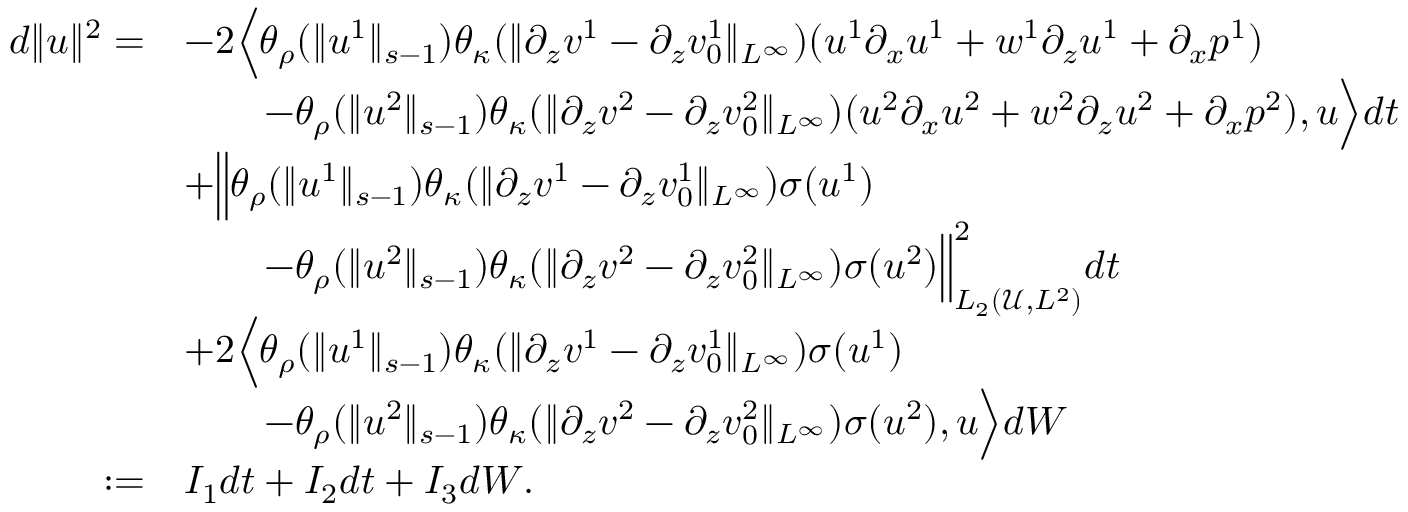
\begin{array} { r l } { d \| u \| ^ { 2 } = } & { - 2 \Big \langle \theta _ { \rho } ( \| u ^ { 1 } \| _ { s - 1 } ) \theta _ { \kappa } ( \| \partial _ { z } v ^ { 1 } - \partial _ { z } v _ { 0 } ^ { 1 } \| _ { L ^ { \infty } } ) ( u ^ { 1 } \partial _ { x } u ^ { 1 } + w ^ { 1 } \partial _ { z } u ^ { 1 } + \partial _ { x } p ^ { 1 } ) } \\ & { \qquad - \theta _ { \rho } ( \| u ^ { 2 } \| _ { s - 1 } ) \theta _ { \kappa } ( \| \partial _ { z } v ^ { 2 } - \partial _ { z } v _ { 0 } ^ { 2 } \| _ { L ^ { \infty } } ) ( u ^ { 2 } \partial _ { x } u ^ { 2 } + w ^ { 2 } \partial _ { z } u ^ { 2 } + \partial _ { x } p ^ { 2 } ) , u \Big \rangle d t } \\ & { + \Big \| \theta _ { \rho } ( \| u ^ { 1 } \| _ { s - 1 } ) \theta _ { \kappa } ( \| \partial _ { z } v ^ { 1 } - \partial _ { z } v _ { 0 } ^ { 1 } \| _ { L ^ { \infty } } ) \sigma ( u ^ { 1 } ) } \\ & { \qquad - \theta _ { \rho } ( \| u ^ { 2 } \| _ { s - 1 } ) \theta _ { \kappa } ( \| \partial _ { z } v ^ { 2 } - \partial _ { z } v _ { 0 } ^ { 2 } \| _ { L ^ { \infty } } ) \sigma ( u ^ { 2 } ) \Big \| _ { L _ { 2 } ( \mathscr U , L ^ { 2 } ) } ^ { 2 } d t } \\ & { + 2 \Big \langle \theta _ { \rho } ( \| u ^ { 1 } \| _ { s - 1 } ) \theta _ { \kappa } ( \| \partial _ { z } v ^ { 1 } - \partial _ { z } v _ { 0 } ^ { 1 } \| _ { L ^ { \infty } } ) \sigma ( u ^ { 1 } ) } \\ & { \qquad - \theta _ { \rho } ( \| u ^ { 2 } \| _ { s - 1 } ) \theta _ { \kappa } ( \| \partial _ { z } v ^ { 2 } - \partial _ { z } v _ { 0 } ^ { 2 } \| _ { L ^ { \infty } } ) \sigma ( u ^ { 2 } ) , u \Big \rangle d W } \\ { : = } & { I _ { 1 } d t + I _ { 2 } d t + I _ { 3 } d W . } \end{array}